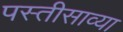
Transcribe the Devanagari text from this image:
पस्तीसाव्या